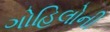
ગોહિલોની